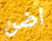
اضن